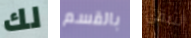
لك بالقسم لتبقى